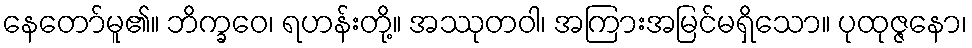
နေတော်မူ၏။ ဘိက္ခဝေ၊ ရဟန်းတို့။ အဿုတဝါ၊ အကြားအမြင်မရှိသော။ ပုထုဇ္ဇနော၊